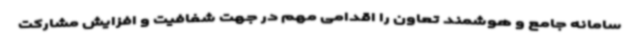
سامانه جامع و هوشمند تعاون را اقدامی مهم در جهت شفافیت و افزایش مشارکت